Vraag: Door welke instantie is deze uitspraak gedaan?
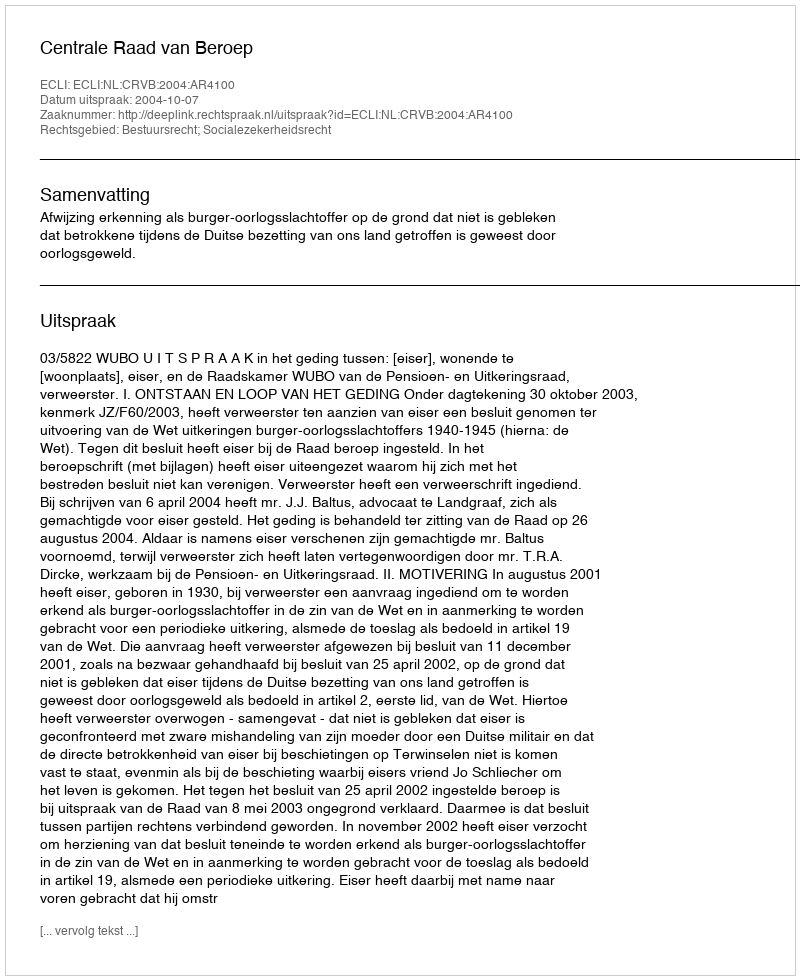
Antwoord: Centrale Raad van Beroep